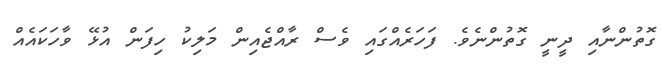
ގޮތުންނާއި ދީނީ ގޮތުންނެވެ. ފަހަރެއްގައި ވެސް ރާއްޖެއިން މަލިކު ހިފަން އުޅޭ ވާހަކައެއް